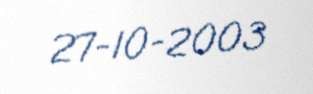
27-10-2003